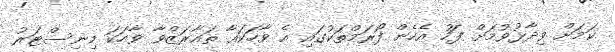
ކަމަށް ވިދާޅުވުމަށް ފަހު އެހެން ފޯރަމްތަކުގައި އެ ވާހަކައާ ތައާރަޒްވާ ވާހަކަ މިނިސްޓަރު